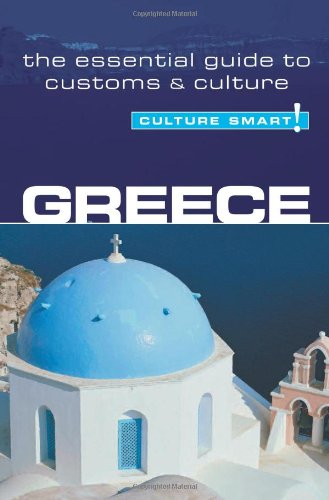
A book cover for Greece - Culture Smart!: the essential guide to customs & culture; Constantine Buhayer; Travel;